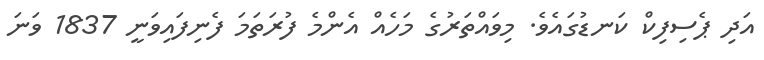
އަދި ޕެސިފިކް ކަނޑުގައެވެ. މިވައްތަރުގެ މަހެއް އެންމެ ފުރަތަމަ ފެނިފައިވަނީ 1837 ވަނަ